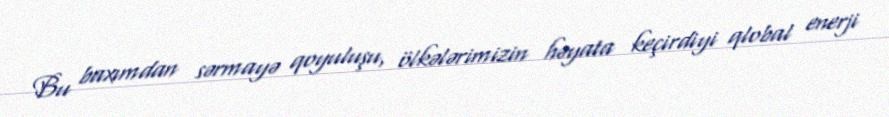
Bu baxımdan sərmayə qoyuluşu, ölkələrimizin həyata keçirdiyi qlobal enerji